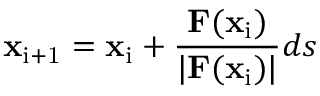
\mathbf { x } _ { \mathrm { i + 1 } } = \mathbf { x } _ { \mathrm { i } } + { \frac { \mathbf { F } ( \mathbf { x } _ { \mathrm { i } } ) } { | \mathbf { F } ( \mathbf { x } _ { \mathrm { i } } ) | } } d s